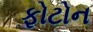
ફોટોન